Treatise on elephants
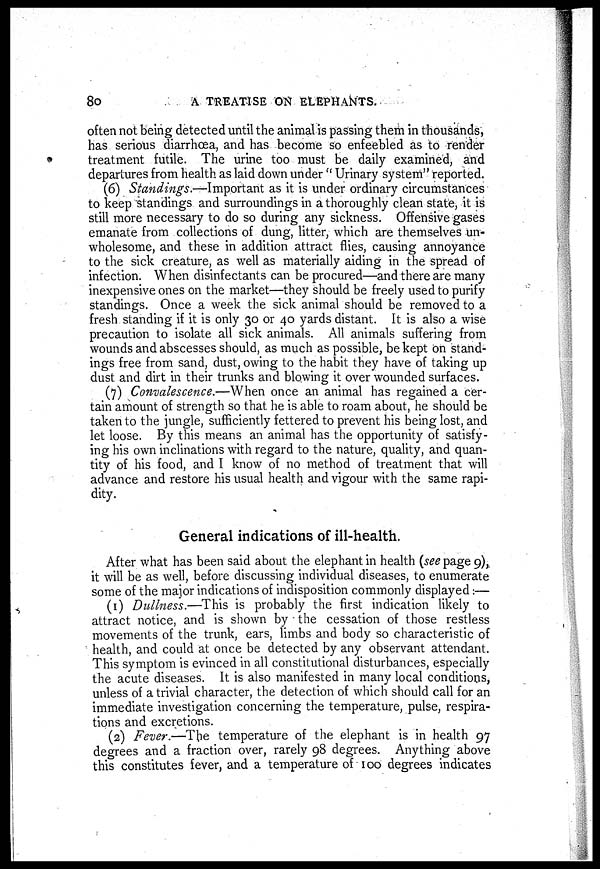
8o
A TREATISE ON ELEPHANTS.
often not being detected until the animal is passing them in thousands,
has serious diarrhœa, and has become so enfeebled as to render
treatment futile. The urine too must be daily examined, and
departures from health as laid down under " Urinary system" reported.
(6) Standings.—Important as it is under ordinary circumstances
to keep standings and surroundings in a thoroughly clean state, it is
still more necessary to do so during any sickness. Offensive gases
emanate from collections of dung, litter, which are themselves un-
wholesome, and these in addition attract flies, causing annoyance
to the sick creature, as well as materially aiding in the spread of
infection. When disinfectants can be procured—and there are many
inexpensive ones on the market—they should be freely used to purify
standings. Once a week the sick animal should be removed to a
fresh standing if it is only 30 or 40 yards distant. It is also a wise
precaution to isolate all sick animals. All animals suffering from
wounds and abscesses should, as much as possible, be kept on stand-
ings free from sand, dust, owing to the habit they have of taking up
dust and dirt in their trunks and blowing it over wounded surfaces.
(7) Convalescence.—When once an animal has regained a cer-
tain amount of strength so that he is able to roam about, he should be
taken to the jungle, sufficiently fettered to prevent his being lost, and
let loose. By this means an animal has the opportunity of satisfy-
ing his own inclinations with regard to the nature, quality, and quan-
tity of his food, and I know of no method of treatment that will
advance and restore his usual health and vigour with the same rapi-
dity.
General indications of ill-health.
After what has been said about the elephant in health (see page 9),
it will be as well, before discussing individual diseases, to enumerate
some of the major indications of indisposition commonly displayed:—
(1) Dullness.—This is probably the first indication likely to
attract notice, and is shown by the cessation of those restless
movements of the trunk, ears, limbs and body so characteristic of
health, and could at once be detected by any observant attendant.
This symptom is evinced in all constitutional disturbances, especially
the acute diseases. It is also manifested in many local conditions,
unless of a trivial character, the detection of which should call for an
immediate investigation concerning the temperature, pulse, respira-
tions and excretions.
(2) Fever.—The temperature of the elephant is in health 97
degrees and a fraction over, rarely 98 degrees. Anything above
this constitutes fever, and a temperature of 100 degrees indicates